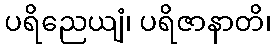
ပရိညေယျံ၊ ပရိဇာနာတိ၊